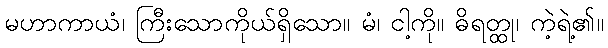
မဟာကာယံ၊ ကြီးသောကိုယ်ရှိသော။ မံ၊ ငါ့ကို။ ဓိရတ္ထု၊ ကဲ့ရဲ့၏။